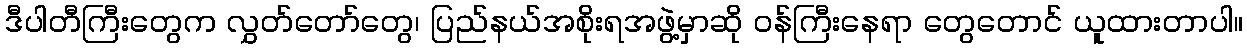
ဒီပါတီကြီးတွေက လွှတ်တော်တွေ၊ ပြည်နယ်အစိုးရအဖွဲ့မှာဆို ဝန်ကြီးနေရာ တွေတောင် ယူထားတာပါ။